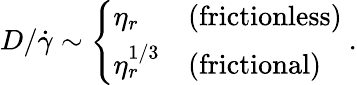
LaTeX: D/\dot{\gamma}\sim\left\{ \begin{array}{ll}{\eta_{r}}&{(\mathrm{{frictionless}})}\\ {\eta_{r}^{1/3}}&{(\mathrm{{frictional}})}\end{array}\right.~.